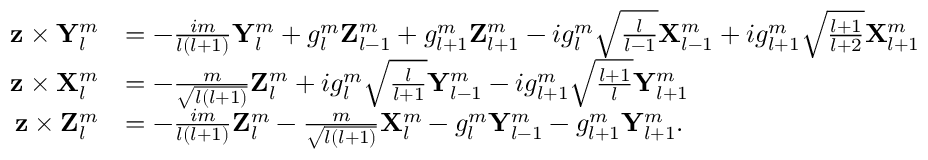
\begin{array} { r l } { \mathbf { z } \times \mathbf { Y } _ { l } ^ { m } } & { = - \frac { i m } { l ( l + 1 ) } \mathbf { Y } _ { l } ^ { m } + g _ { l } ^ { m } \mathbf { Z } _ { l - 1 } ^ { m } + g _ { l + 1 } ^ { m } \mathbf { Z } _ { l + 1 } ^ { m } - i g _ { l } ^ { m } \sqrt { \frac { l } { l - 1 } } \mathbf { X } _ { l - 1 } ^ { m } + i g _ { l + 1 } ^ { m } \sqrt { \frac { l + 1 } { l + 2 } } \mathbf { X } _ { l + 1 } ^ { m } } \\ { \mathbf { z } \times \mathbf { X } _ { l } ^ { m } } & { = - \frac { m } { \sqrt { l ( l + 1 ) } } \mathbf { Z } _ { l } ^ { m } + i g _ { l } ^ { m } \sqrt { \frac { l } { l + 1 } } \mathbf { Y } _ { l - 1 } ^ { m } - i g _ { l + 1 } ^ { m } \sqrt { \frac { l + 1 } { l } } \mathbf { Y } _ { l + 1 } ^ { m } } \\ { \mathbf { z } \times \mathbf { Z } _ { l } ^ { m } } & { = - \frac { i m } { l ( l + 1 ) } \mathbf { Z } _ { l } ^ { m } - \frac { m } { \sqrt { l ( l + 1 ) } } \mathbf { X } _ { l } ^ { m } - g _ { l } ^ { m } \mathbf { Y } _ { l - 1 } ^ { m } - g _ { l + 1 } ^ { m } \mathbf { Y } _ { l + 1 } ^ { m } . } \end{array}